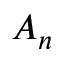
A _ { n }